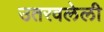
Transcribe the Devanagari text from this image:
उतरवलेली